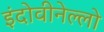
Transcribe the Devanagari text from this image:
इंदोवीनेल्लो